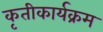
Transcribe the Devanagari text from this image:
कृतीकार्यक्रम